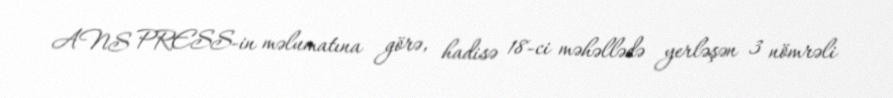
ANS PRESS-in məlumatına görə, hadisə 18-ci məhəllədə yerləşən 3 nömrəli